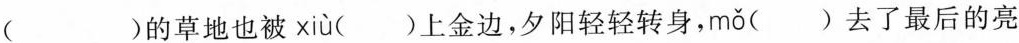
( )的草地也被 xiù ()上金边，夕阳轻轻转身， mǒ ()去了最后的亮